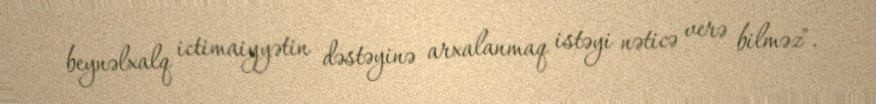
beynəlxalq ictimaiyyətin dəstəyinə arxalanmaq istəyi nəticə verə bilməz".